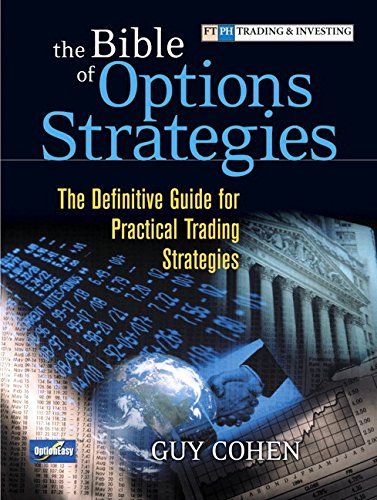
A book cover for The Bible of Options Strategies: The Definitive Guide for Practical Trading Strategies (paperback); Guy Cohen; Business & Money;